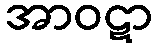
အာဝဋာ